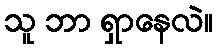
သူ ဘာ ရှာနေလဲ။